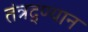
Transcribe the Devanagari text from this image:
तंत्रद्ण्यान